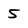
Character: 5